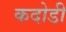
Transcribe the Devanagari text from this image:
कदोडी